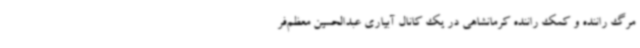
مرگ راننده و کمک راننده کرمانشاهی در یک کانال آبیاری عبدالحسین معظم‌فر